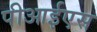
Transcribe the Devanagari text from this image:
पीआईएस